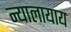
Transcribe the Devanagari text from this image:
न्यालायाय